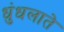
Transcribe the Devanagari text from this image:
धुंधलाते